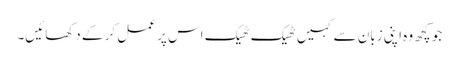
جو کچھ وہ اپنی زبان سے کہیں ٹھیک ٹھیک اس پر عمل کر کے دکھائیں۔